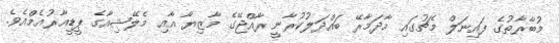
މުބާރާތުގެ ފައިނަލް މެޗުގައި މާދަމާރޭ ބައްދަލުކުރާނީ ރާއްޖޭގެ މާޒިޔާ އާއި މެލޭޝިއާގެ ޕީޑީއާރުއެމްއެވެ.